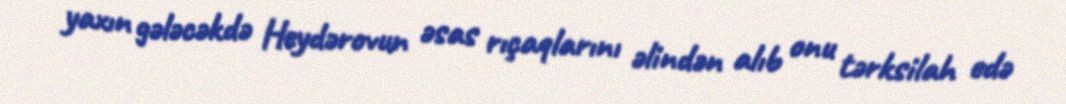
yaxın gələcəkdə Heydərovun əsas rıçaqlarını əlindən alıb onu tərksilah edə